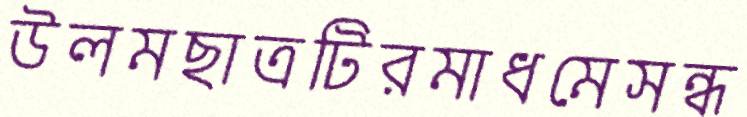
উলমছাত্রটিরমাধমেসন্ধ